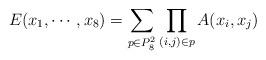
LaTeX: \begin{align*} E(x_1,\cdots,x_8)=\sum_{p\in P_8^2}\prod_{(i,j)\in p} A(x_i,x_j) \end{align*}